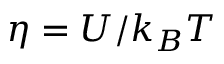
\eta = U / k _ { B } T